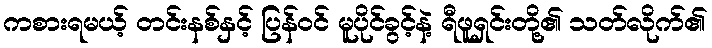
ကစားရမယ့် တင်းနစ်နှင့် ပြန်ဝင် မူပိုင်ခွင့်နဲ့ ရီဖူရှင်းတို့၏ သတ်လိုက်၏